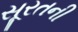
સૂરતની